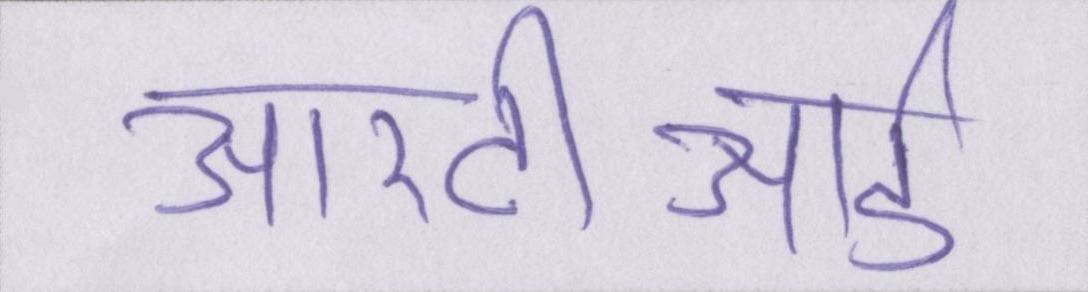
आरटीआई